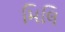
મિલિ